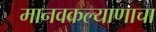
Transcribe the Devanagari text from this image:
मानवकल्याणाचा